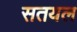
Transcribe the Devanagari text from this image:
सतयल